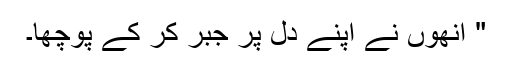
" اُنھوں نے اپنے دِل پر جبر کر کے پوچھا۔